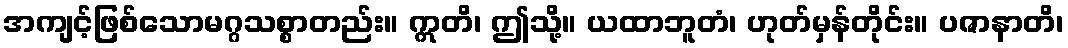
အကျင့်ဖြစ်သောမဂ္ဂသစ္စာတည်း။ ဣတိ၊ ဤသို့။ ယထာဘူတံ၊ ဟုတ်မှန်တိုင်း။ ပဇာနာတိ၊